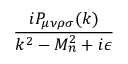
\frac { i P _ { \mu \nu \rho \sigma } ( k ) } { k ^ { 2 } - M _ { n } ^ { 2 } + i \epsilon }